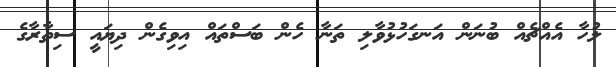
ލުހާ އެއްޗެއް ބުނަން އަނގަހުޅުވާލި ތަނާ ހެން ބަސްތައް އިވިގެން ދިޔައީ ސިތާރާގެ